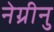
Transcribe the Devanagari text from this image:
नेग्रीनु